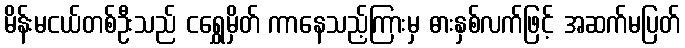
မိန်းမငယ်တစ်ဦးသည် ငရွှေမှိတ် ကာနေသည့်ကြားမှ ဓားနှစ်လက်ဖြင့် အဆက်မပြတ်